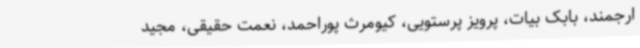
ارجمند، بابک بیات، پرویز پرستویی، کیومرث پوراحمد، نعمت حقیقی، مجید